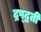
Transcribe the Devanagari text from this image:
द्रष्द्वती